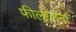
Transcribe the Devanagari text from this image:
फीलखाना